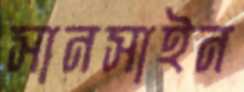
সানসাইন